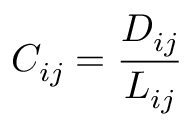
C _ { i j } = \frac { D _ { i j } } { L _ { i j } }